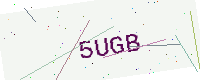
Text: 5UGB